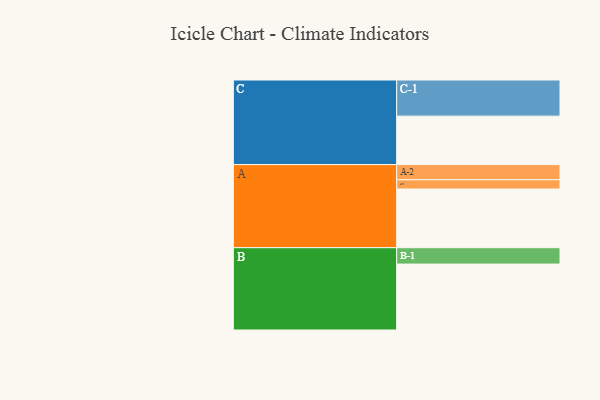
{"axis": {"x": "Segment", "y": "Value"}, "legend": ["", "A", "B", "C"], "data": [{"x": "A", "y": 380, "type": ""}, {"x": "B", "y": 427, "type": ""}, {"x": "C", "y": 314, "type": ""}, {"x": "A-1", "y": 60, "type": "A"}, {"x": "A-2", "y": 98, "type": "A"}, {"x": "B-1", "y": 106, "type": "B"}, {"x": "C-1", "y": 234, "type": "C"}]}